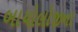
બાયોલોજીના